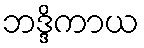
ဘဒ္ဒိကာယ